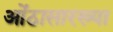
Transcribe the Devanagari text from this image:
ओंठासारख्या